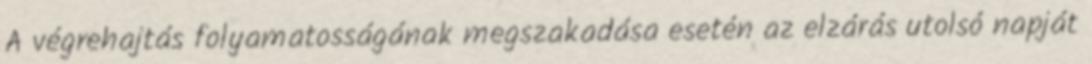
A végrehajtás folyamatosságának megszakadása esetén az elzárás utolsó napját